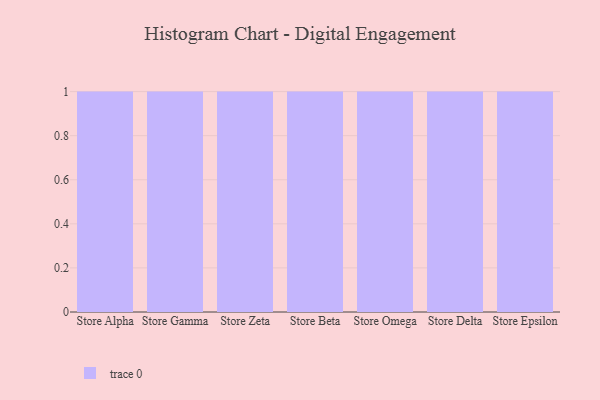
{"axis": {"x": "Store", "y": "Population (Million)"}, "legend": [""], "data": [{"x": "Store Alpha", "y": 73, "type": ""}, {"x": "Store Gamma", "y": 26, "type": ""}, {"x": "Store Zeta", "y": 52, "type": ""}, {"x": "Store Beta", "y": 50, "type": ""}, {"x": "Store Omega", "y": 17, "type": ""}, {"x": "Store Delta", "y": 8, "type": ""}, {"x": "Store Epsilon", "y": 84, "type": ""}]}